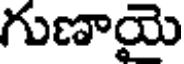
గుణాయె